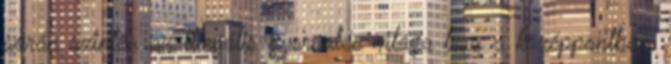
során szintén az illegális gyorsulás világa lesz a középpontban.